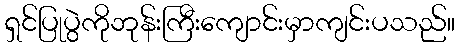
ရှင်ပြုပွဲကိုဘုန်းကြီးကျောင်းမှာကျင်းပသည်။